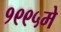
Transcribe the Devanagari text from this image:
१९९५मे